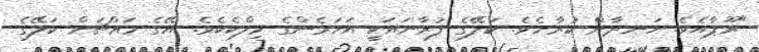
"ރޫޕާއެވެ. ހަނދާން ކުރާށެވެ. ކަލޭގެ ފުރާނައަކީ އަހަރެންގެ މިލްކެކެވެ. އޭގެ މައްޗަށް ކަލޭގެ